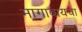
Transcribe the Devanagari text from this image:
मागावायचा